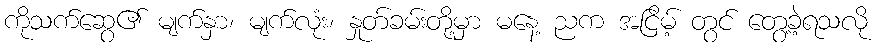
ကိုသက်ဆွေ၏ မျက်နှာ၊ မျက်လုံး၊ နှုတ်ခမ်းတို့မှာ မနေ့ ညက အငြိမ့် တွင် တွေ့ခဲ့ရသလို